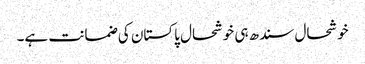
خوشحال سندھ ہی خوشحال پاکستان کی ضمانت ہے۔